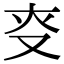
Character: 𠬲